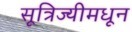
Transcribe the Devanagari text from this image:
सूत्रिज्यीमधून